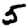
Digit: 5